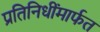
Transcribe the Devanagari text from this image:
प्रतिनिधींमार्फत